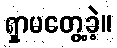
ရှာမတွေ့ခဲ့။